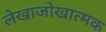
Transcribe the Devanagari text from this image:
लेखाजोखात्मक